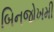
બિનજોખમી